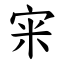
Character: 宩